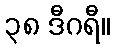
၃၈ ဒီဂရီ။